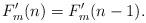
LaTeX: \begin{align*}F'_m(n)=F'_m(n-1).\end{align*}